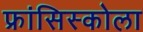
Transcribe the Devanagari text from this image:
फ्रांसिस्कोला